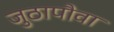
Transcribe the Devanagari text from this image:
जुठापौवा